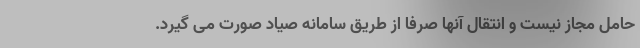
حامل مجاز نیست و انتقال آنها صرفا از طریق سامانه صیاد صورت می گیرد.